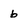
Character: b